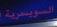
السويسرية